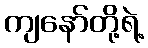
ကျနော်တို့ရဲ့